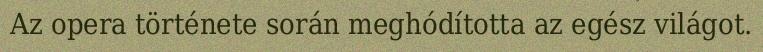
Az opera története során meghódította az egész világot.